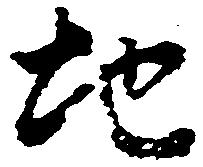
地